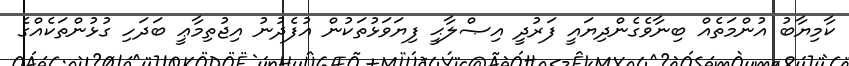
ކާމިޔާބު އުންމަތެއް ބިނާވެގެންދިޔައީ ފަރުދީ އިޞްލާޙީ ފިޔަވަޅުތަކުން އުފެދުނު އިޖުތިމާޢީ ބަދަހި ގުޅުންތަކެއްގެ